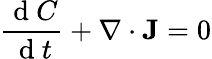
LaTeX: \frac{\mathrm{~d~}C}{\mathrm{~d~}t}+\nabla\cdot\mathbf{J}=0